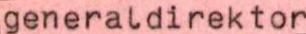
generaldirektor